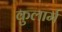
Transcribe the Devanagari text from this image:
कुलार्म